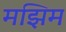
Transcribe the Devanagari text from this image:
मझिम